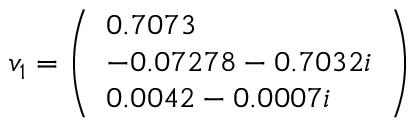
v _ { 1 } = { \left( \begin{array} { l } { 0 . 7 0 7 3 } \\ { - 0 . 0 7 2 7 8 - 0 . 7 0 3 2 i } \\ { 0 . 0 0 4 2 - 0 . 0 0 0 7 i } \end{array} \right) }